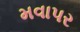
મવાપર